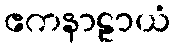
ဧကနာဠာယံ